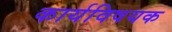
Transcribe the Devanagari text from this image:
कार्यविषयक